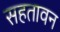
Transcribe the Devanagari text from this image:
सहतावन